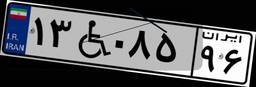
۱۰W۵۶۲۷۶